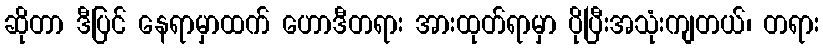
ဆိုတာ ဒီပြင် နေရာမှာထက် ဟောဒီတရား အားထုတ်ရာမှာ ပိုပြီးအသုံးကျတယ်၊ တရား